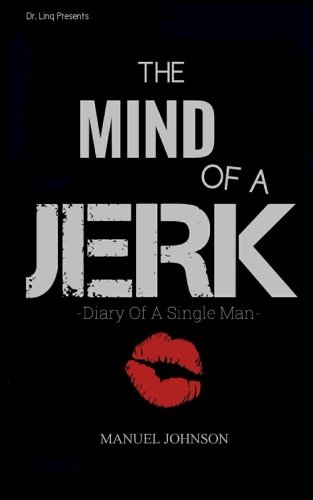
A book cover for The Mind Of A Jerk: The Diary Of A Single Man; Manuel Johnson; Self-Help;